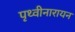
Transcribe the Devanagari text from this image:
पृथ्वीनारायन